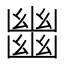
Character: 𢇕